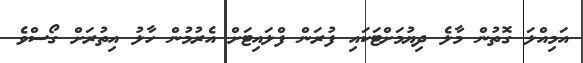
އަމިއްލަ ގޮތުން މާލެ ދިޔުމަށްޓަކައި ފުރަން ފްލައިޓަށް އެރުމުން ހާލު އިތުރަށް ގޯސްވެ